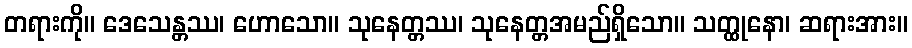
တရားကို။ ဒေသေန္တဿ၊ ဟောသော။ သုနေတ္တဿ၊ သုနေတ္တအမည်ရှိသော။ သတ္ထုနော၊ ဆရားအား။